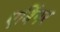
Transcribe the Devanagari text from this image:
एबिंगर